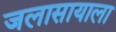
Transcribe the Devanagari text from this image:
जलासायाला